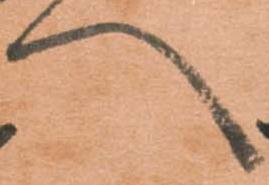
へ